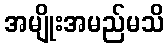
အမျိုးအမည်မသိ